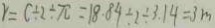
r = c \div 2 \div \pi = 1 8 . 8 4 \div 2 \div 3 . 1 4 = 3 m